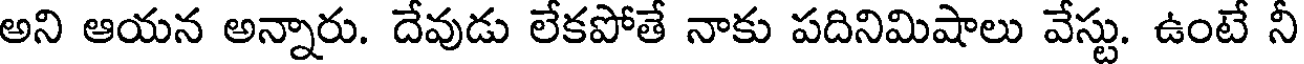
అని ఆయన అన్నారు. దేవుడు లేకపోతే నాకు పదినిమిషాలు వేస్టు. ఉంటే నీ